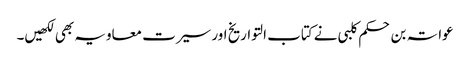
عواتہ بن حکم کلبی نے کتاب التواریخ اور سیرت معاویہ بھی لکھیں۔